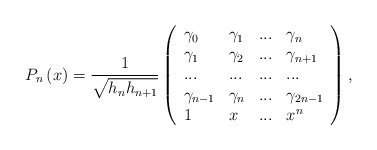
\begin{align*}P_{n}\left( x\right) =\frac{1}{\sqrt{h_{n}h_{n+1}}}\left( \begin{array}{llll}\gamma _{0} & \gamma _{1} & ... & \gamma _{n} \\ \gamma _{1} & \gamma _{2} & ... & \gamma _{n+1} \\ ... & ... & ... & ... \\ \gamma _{n-1} & \gamma _{n} & ... & \gamma _{2n-1} \\ 1 & x & ... & x^{n}\end{array}\right) ,\end{align*}